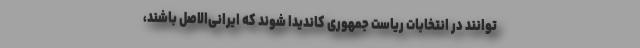
‌توانند در انتخابات ریاست جمهوری کاندیدا شوند که ایرانی‌الاصل باشند،